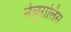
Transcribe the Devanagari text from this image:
नेचुरालिस